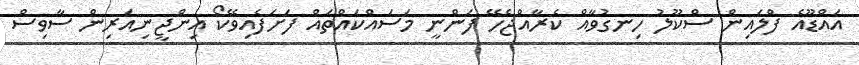
އައްޑޫއެ ފްލައިން ސްކޫލު ހިނގުވާއް ކެރާއްޖެހޭ ފަންނީ މަސައްކައްތައް ފަށަފެއިވޭކޯ އިންޖީނިއަރިން ސާވިސް